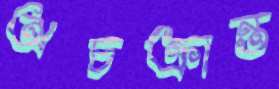
অচক্রান্ত